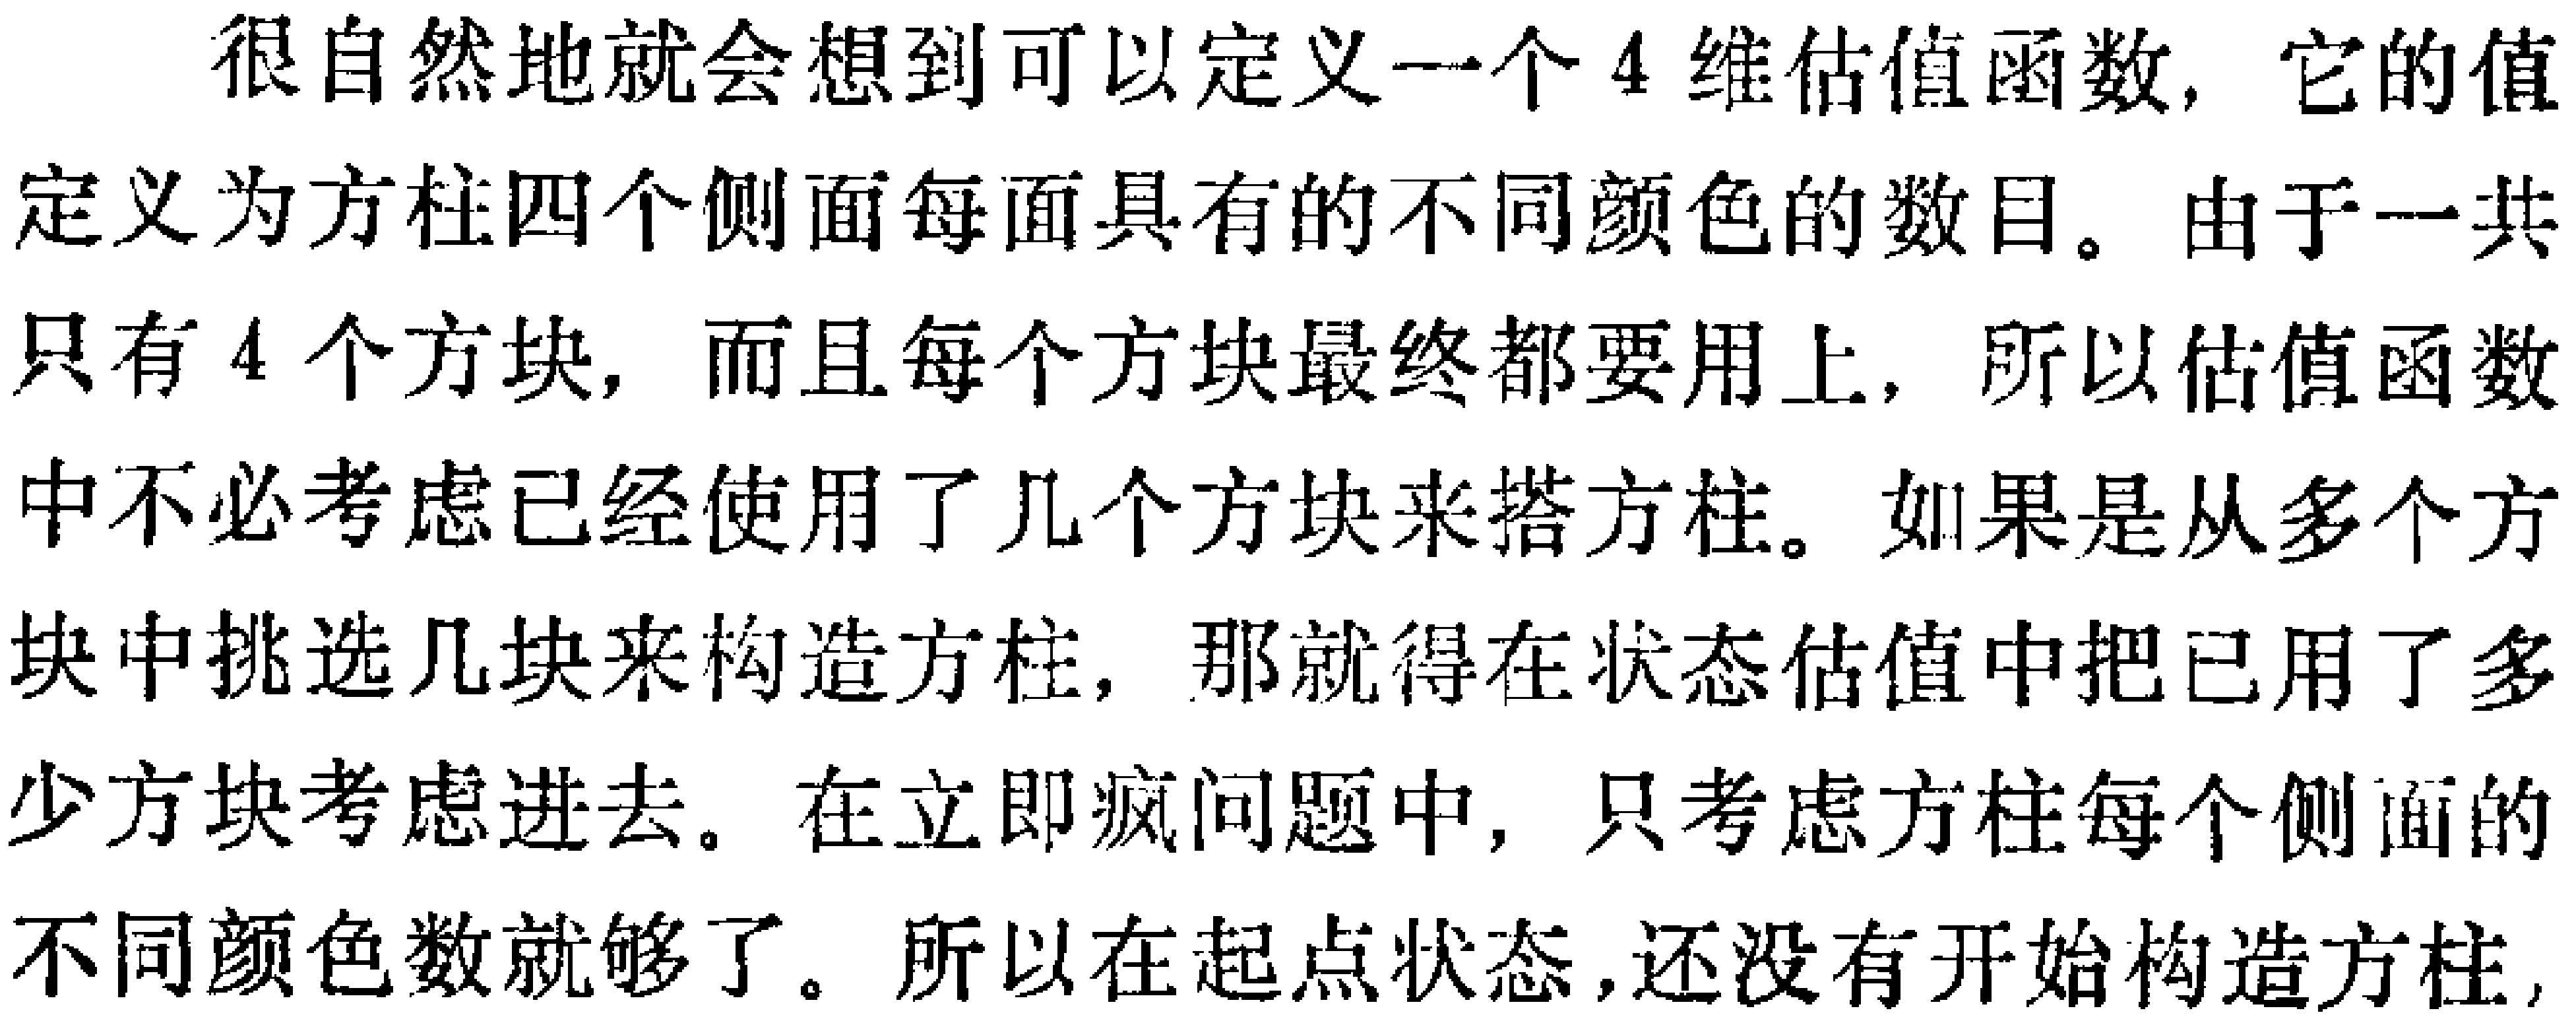
很自然地就会想到可以定义一个4维估值函数, 它的值

定义为方柱四个侧面每面具有的不同颜色的数目。由于一共

只有4个方块, 而且每个方块最终都要用上, 所以估值函数

中不必考虑已经使用了几个方块来搭方柱。如果是从多个方

块中挑选几块来构造方柱, 那就得在状态估值中把已用了多

少方块考虑进去。在立即疯问题中, 只考虑方柱每个侧面的

不同颜色数就够了。所以在起点状态,还没有开始构造方柱,